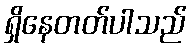
ရှိနေတတ်ပါသည်